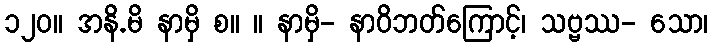
၁၂၀။ အနိ.မိ နာမှိ စ။ ။ နာမှိ- နာဝိဘတ်ကြောင့်၊ သဗ္ဗဿ- သော၊